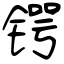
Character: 锷